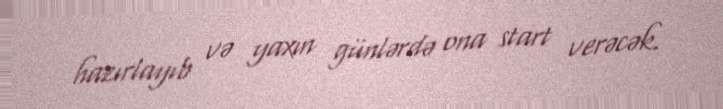
hazırlayıb və yaxın günlərdə ona start verəcək.